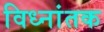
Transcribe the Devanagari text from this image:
विध्नांतक